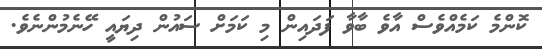
ކޮންމެ ކަމެއްވެސް އާވެ ބާވާ ފަދައިން މި ކަމަށް ސައުން ދިޔައީ ހޭނެމުންނެވެ.